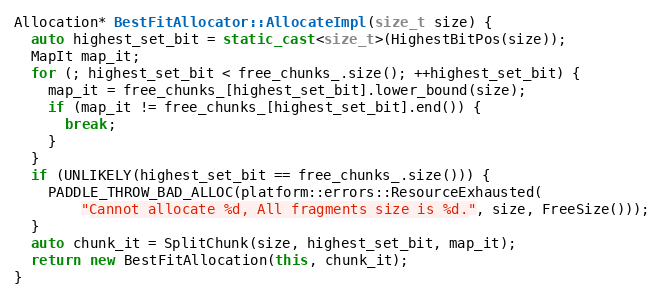
Language: C++
Allocation* BestFitAllocator::AllocateImpl(size_t size) {
  auto highest_set_bit = static_cast<size_t>(HighestBitPos(size));
  MapIt map_it;
  for (; highest_set_bit < free_chunks_.size(); ++highest_set_bit) {
    map_it = free_chunks_[highest_set_bit].lower_bound(size);
    if (map_it != free_chunks_[highest_set_bit].end()) {
      break;
    }
  }
  if (UNLIKELY(highest_set_bit == free_chunks_.size())) {
    PADDLE_THROW_BAD_ALLOC(platform::errors::ResourceExhausted(
        "Cannot allocate %d, All fragments size is %d.", size, FreeSize()));
  }
  auto chunk_it = SplitChunk(size, highest_set_bit, map_it);
  return new BestFitAllocation(this, chunk_it);
}